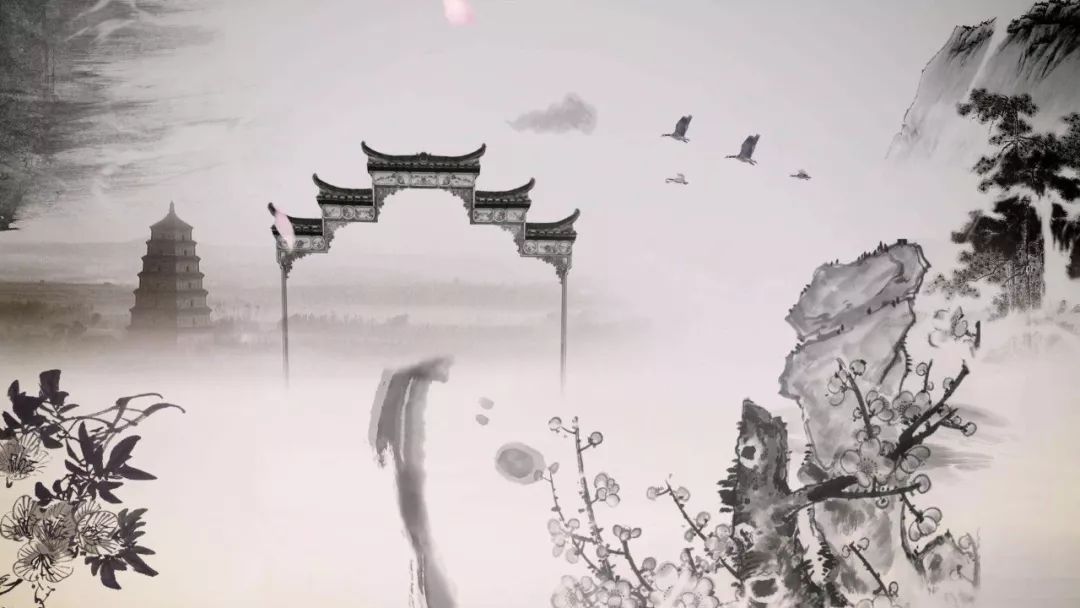
已知泉路近，欲别故乡难。